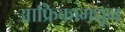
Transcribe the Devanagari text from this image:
आफ्रिकामधून